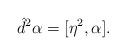
LaTeX: \begin{align*}\hat d^2 \alpha = [ \eta^2, \alpha ]. \end{align*}